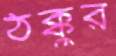
ঠক্কুর